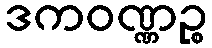
ဒကဝဏ္ဏဉ္စ